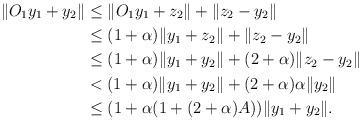
LaTeX: \begin{align*}\|O_1y_1+y_2\|&\le \|O_1y_1+z_2\|+\|z_2-y_2\|\\&\le(1+\alpha)\|y_1+z_2\|+\|z_2-y_2\|\\&\le(1+\alpha)\|y_1+y_2\|+(2+\alpha)\|z_2-y_2\|\\&<(1+\alpha)\|y_1+y_2\|+(2+\alpha)\alpha\|y_2\|\\&\le(1+\alpha(1+(2+\alpha)A))\|y_1+y_2\|.\end{align*}